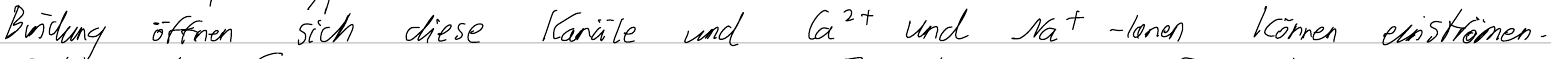
Bindung öffnen sich diese Kanäle und Ca2+ und Na+-Ionen können einströmen.